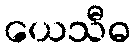
ယေသီဓ